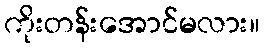
ကိုးတန်းအောင်မလား။